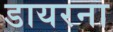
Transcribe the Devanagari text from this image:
डायरना